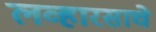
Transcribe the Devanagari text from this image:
लव्हारसाचे